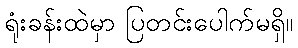
ရုံးခန်းထဲမှာ ပြတင်းပေါက်မရှိ။